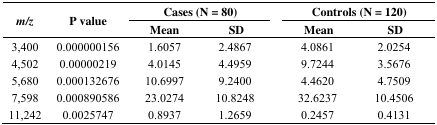
<table><thead><tr><td rowspan="2"><b>m/z</b></td><td rowspan="2"><b>P value</b></td><td colspan="2"><b>Cases (N = 80)</b></td><td></td><td colspan="2"><b>Controls (N = 120)</b></td></tr><tr><td><b>Mean</b></td><td><b>SD </b></td><td></td><td><b>Mean </b></td><td><b>SD </b></td></tr></thead><tbody><tr><td>3,400</td><td>0.000000156</td><td>1.6057</td><td>2.4867</td><td></td><td>4.0861</td><td>2.0254</td></tr><tr><td>4,502</td><td>0.00000219</td><td>4.0145</td><td>4.4959</td><td></td><td>9.7244</td><td>3.5676</td></tr><tr><td>5,680</td><td>0.000132676</td><td>10.6997</td><td>9.2400</td><td></td><td>4.4620</td><td>4.7509</td></tr><tr><td>7,598</td><td>0.000890586</td><td>23.0274</td><td>10.8248</td><td></td><td>32.6237</td><td>10.4506</td></tr><tr><td>11,242</td><td>0.0025747</td><td>0.8937</td><td>1.2659</td><td></td><td>0.2457</td><td>0.4131</td></tr></tbody></table>